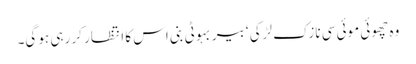
وہ چھوئی موئی سی نازک لڑکی ‘ بیر بہوٹی بنی اس کا انتظار کر رہی ہو گی۔